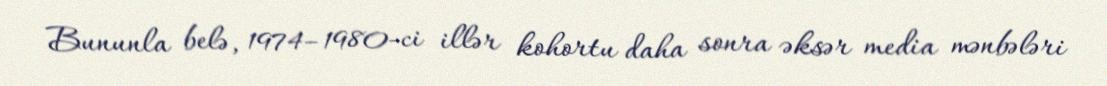
Bununla belə, 1974–1980-ci illər kohortu daha sonra əksər media mənbələri